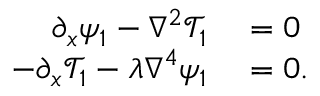
\begin{array} { r l } { \partial _ { x } \psi _ { 1 } - \nabla ^ { 2 } \mathcal { T } _ { 1 } } & { { } = 0 } \\ { - \partial _ { x } \mathcal { T } _ { 1 } - \lambda \nabla ^ { 4 } \psi _ { 1 } } & { { } = 0 . } \end{array}